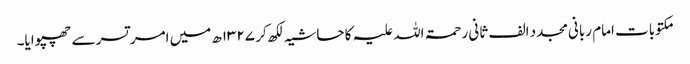
مکتوبات امام ربانی مجدد الف ثانی رحمۃ اللہ علیہ کا حاشیہ لکھ کر ۱۳۲۷ھ میں امر تسر سے چھپوایا۔